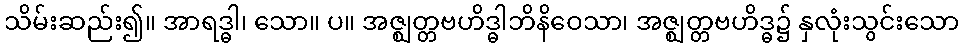
သိမ်းဆည်း၍။ အာရဒ္ဓါ၊ သော။ ပ။ အဇ္ဈတ္တဗဟိဒ္ဓါဘိနိဝေသာ၊ အဇ္ဈတ္တဗဟိဒ္ဓ၌ နှလုံးသွင်းသော